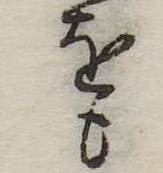
をも